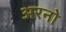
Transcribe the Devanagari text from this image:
अरनो